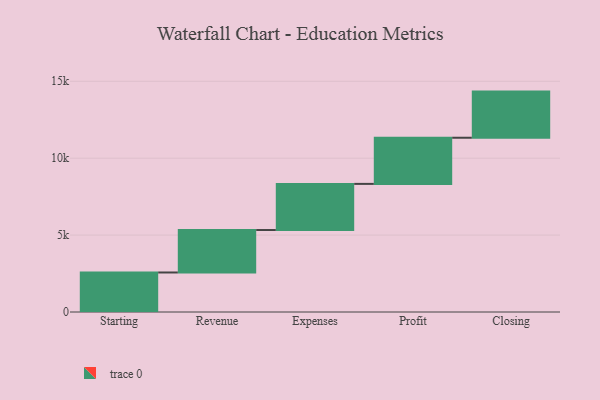
{"axis": {"x": "Step", "y": "Value"}, "legend": [""], "data": [{"x": "Starting", "y": 2569.0, "type": ""}, {"x": "Revenue", "y": 2760.0, "type": ""}, {"x": "Expenses", "y": 3000, "type": ""}, {"x": "Profit", "y": 3000, "type": ""}, {"x": "Closing", "y": 3000, "type": ""}]}